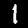
Digit: 1